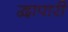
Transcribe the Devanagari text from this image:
द्वापारी